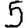
Digit: 5